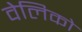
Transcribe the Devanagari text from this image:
वेलिको